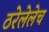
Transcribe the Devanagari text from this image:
ठरेलेलेच